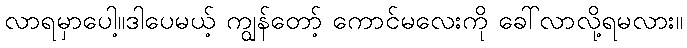
လာရမှာပေါ့။ဒါပေမယ့် ကျွန်တော့် ကောင်မလေးကို ခေါ်လာလို့ရမလား။